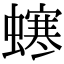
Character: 𧑚